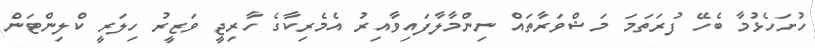
ހުށަހެޅުމާ ބެހޭ ފުރަތަމަ މަޝްވަރާތައް ނިންމާލާފައިވާއިރު އެމެރިކާގެ ހާރިޖީ ވަޒީރު ހިލަރީ ކްލިންޓަން